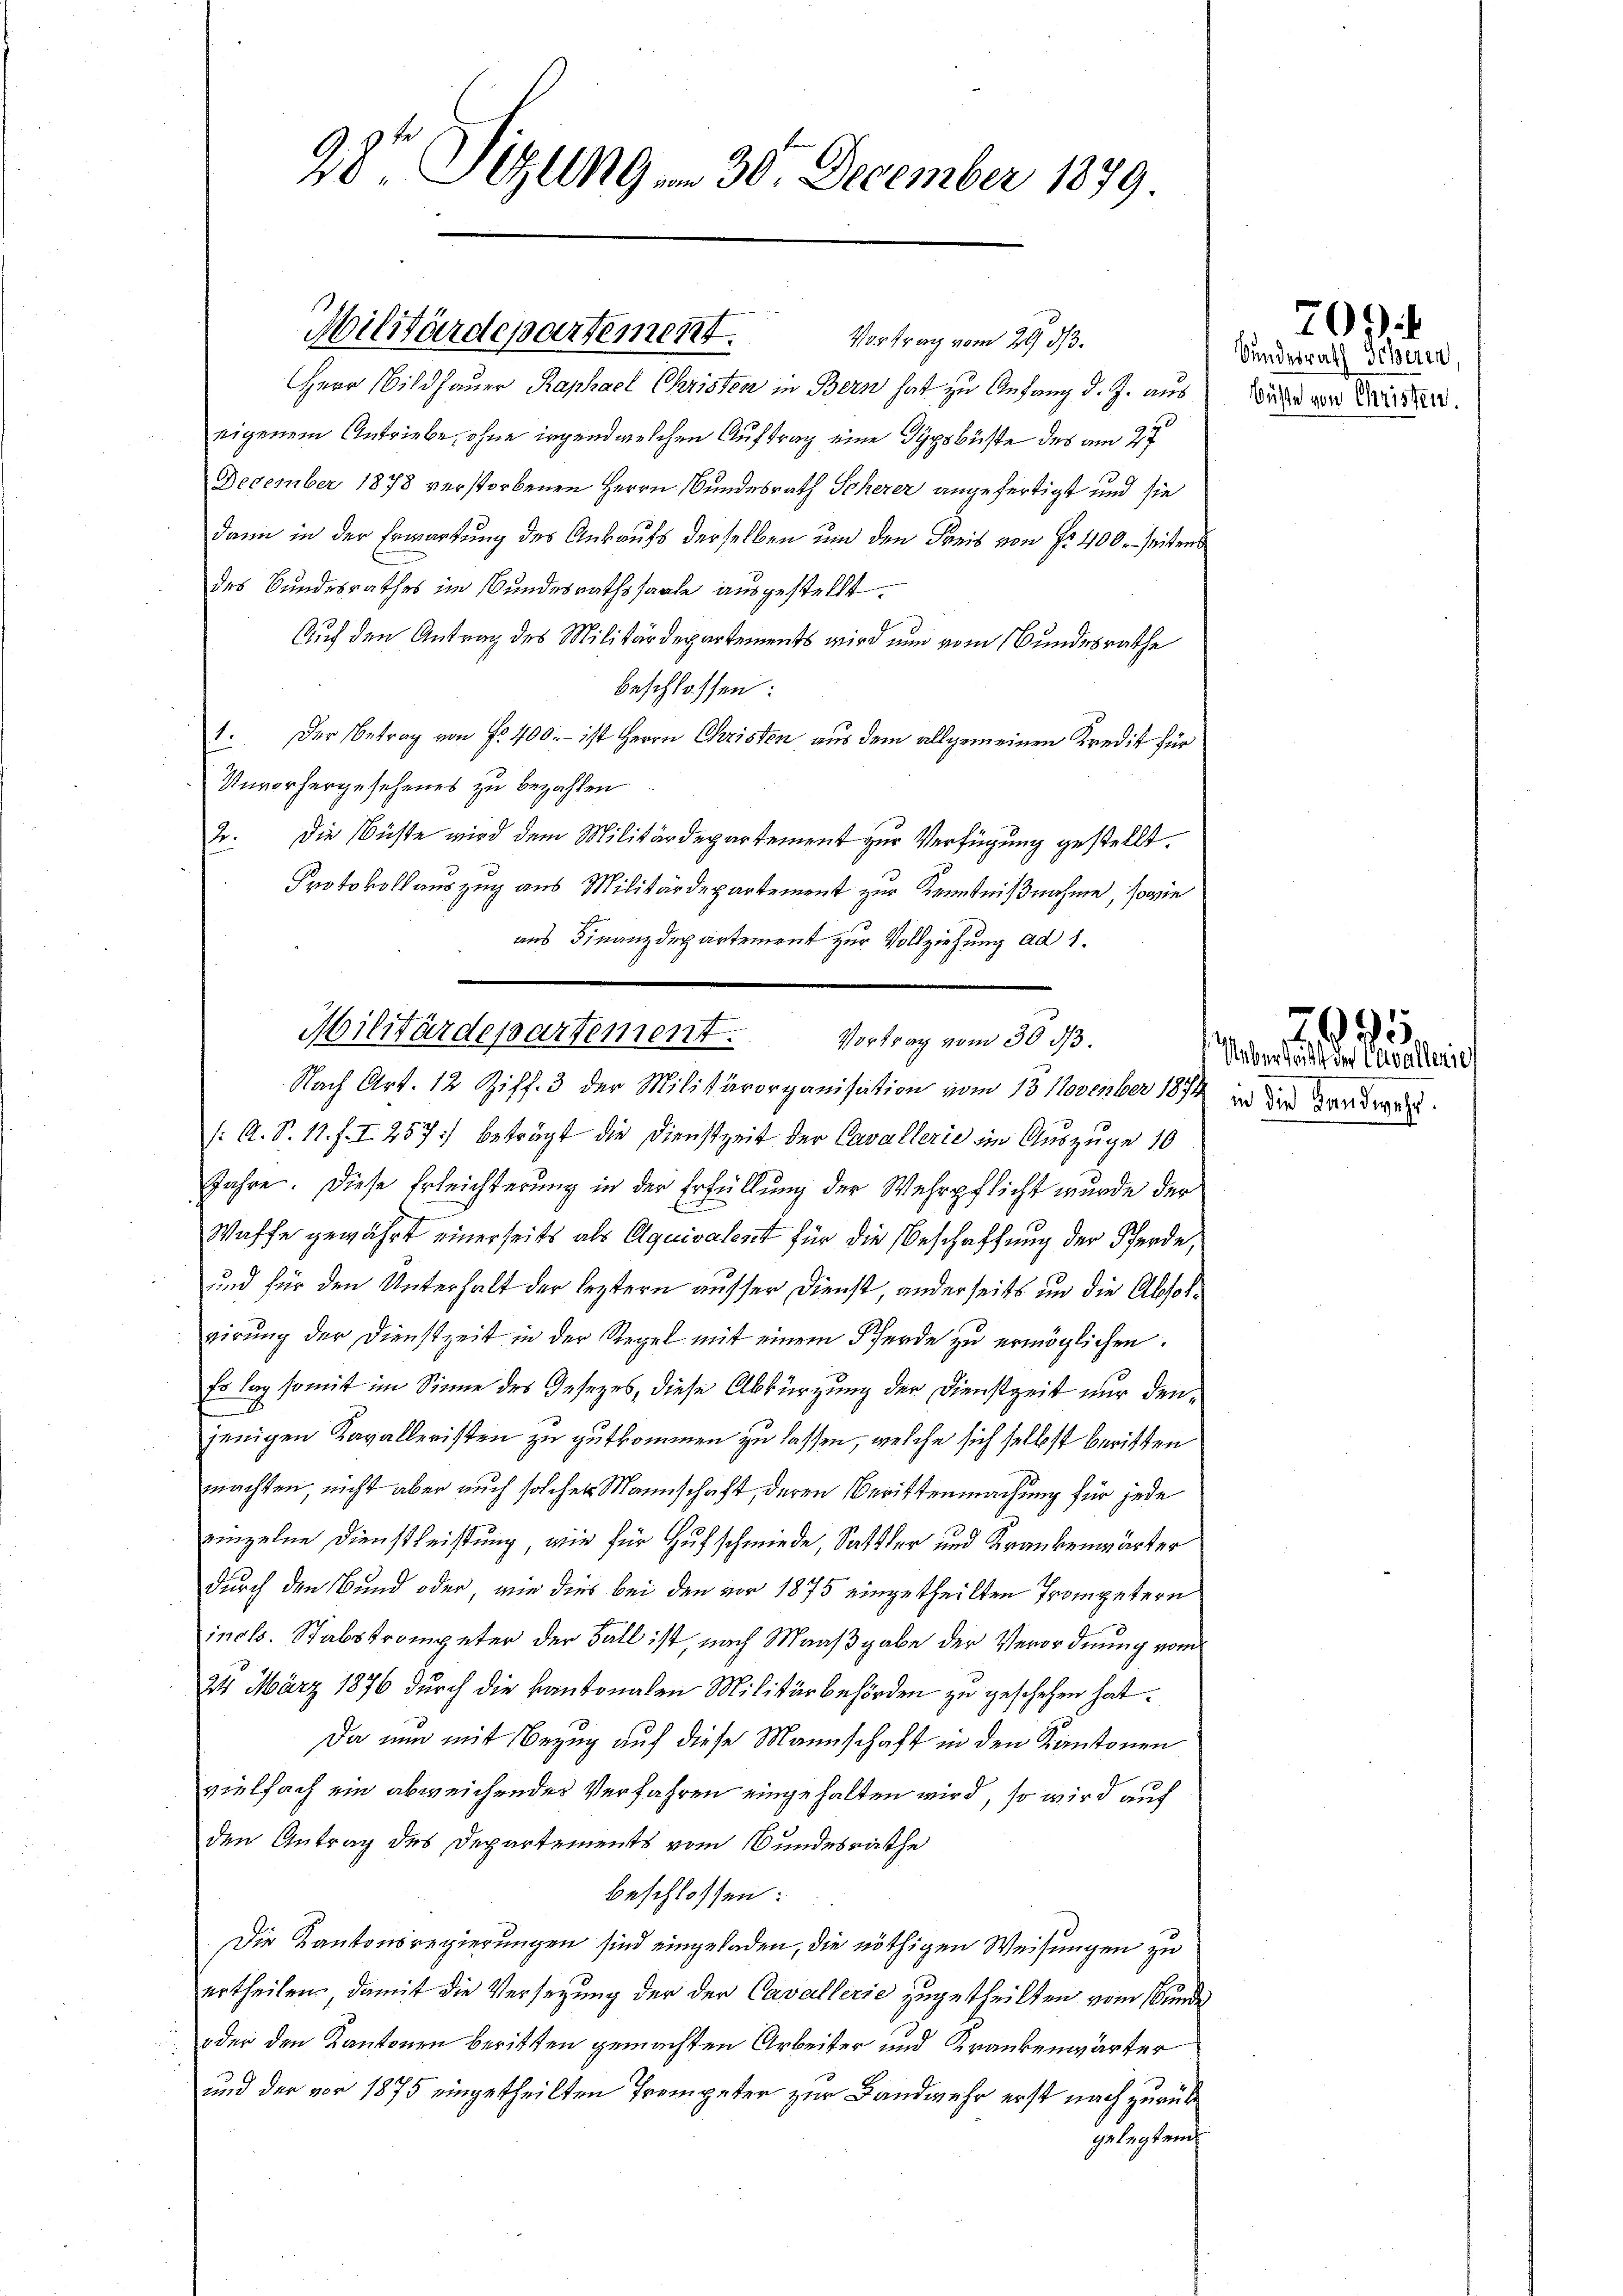
28t Sitzung am 30. December 1899

Militärdepartement.

Vortrag vom 29. 313.
Herr Bildhauer Raphael Christen in Bern hat zu Anfang d. J. aus
eigenem Antriebe, ohne irgend welchen Auftrag eine Gypsbüste des am 27.
December 1878 verstorbenen Herrn Bundesrath Scherer angefertigt und sie
dann in der Erwartung des Ankaufs derselben und den Kreis von Nr. 400. seiten
des Bundesrathes im Bundesrathssaale ausgestellt.
Auf den Antrag des Militärdepartements wird nun vom Bundesrathe
beschlossen:
1. Der Betrag von f. 400.- ist Herrn Christen aus dem allgemeinen Kredit für
Unvorhergesehenes zu bezahlen
2o. Die Küste wird dem Militärdepartement zur Verfügung gestellt.
Protokoll auszug aus Militärdepartement zur Kenntnißnahme, sowie
aus Finanzdepartement zur Vollziehung ad 1.
/: A. S. 11. f. I 257) beträgt die Dienstzeit der Cavallerie ein Auszuge 10
Jahre. Diese Erleichterung in der Erfüllung der Wehrpflicht wurde der
Waffe gewährt einerseits als Äquivalent für die Beschaffung der Pferde,
und für den Unterhalt der leztern ausser Dienst, anderseits in die Absolrirŭng der Dienstzeit in der Regel mit einem Pferde zŭ ermöglichen.
Es lag somit im Sinne des Gesetzes, diese Abkürzung der Dienstzeit nur denjenigen Kavalleristen zu gutkommen zu lassen, welche sich selbst beritten
machten, nicht aber auch solcher Mannschaft, deren Berittenmachung für jede
einzelne Dienstleistung, wie für Hufschmiede, Sattler und Krankenwärter
durch den Bund oder, wie dies bei den vor 1875 eingetheilten Trompetern
incl. Stabstrompeter der Fall ist, nach Maaßgabe der Verordnung vom
24 März 1876 durch die Kantonalen Militärbehörden zu geschehen hat.
Da nun mit Bezug auf diese Mannschaft in den Kantonen
vielfach ein abweichender Verfahren eingehalten wird, so wird auf
den Antrag des Departements vom Bundesrathe
beschlossen:
Die Kantonsregierungen sind eingeladen, die nöthigen Weisungen zu
ertheilen, damit die Versetzung der der Cavallerie zugetheilten vom Bunde
oder den Kantonen beritten gemachten Arbeiter und Krankenwärter
und der vor 1875 eingetheilten Trompeter zur Landwehr erst nach zurück
gelegten.

Militärdepartement. Vortrag vom 30. dβ.
Nach Art. 12 Ziff. 3 der Militärorganisation vom 13 November 1874 in die Brander

209

Bundesrath Scheren,
Büste von Christen.

Uebertritt der Cavallerief

2995.